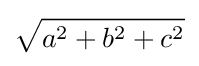
{\sqrt {a^{2}+b^{2}+c^{2}}}